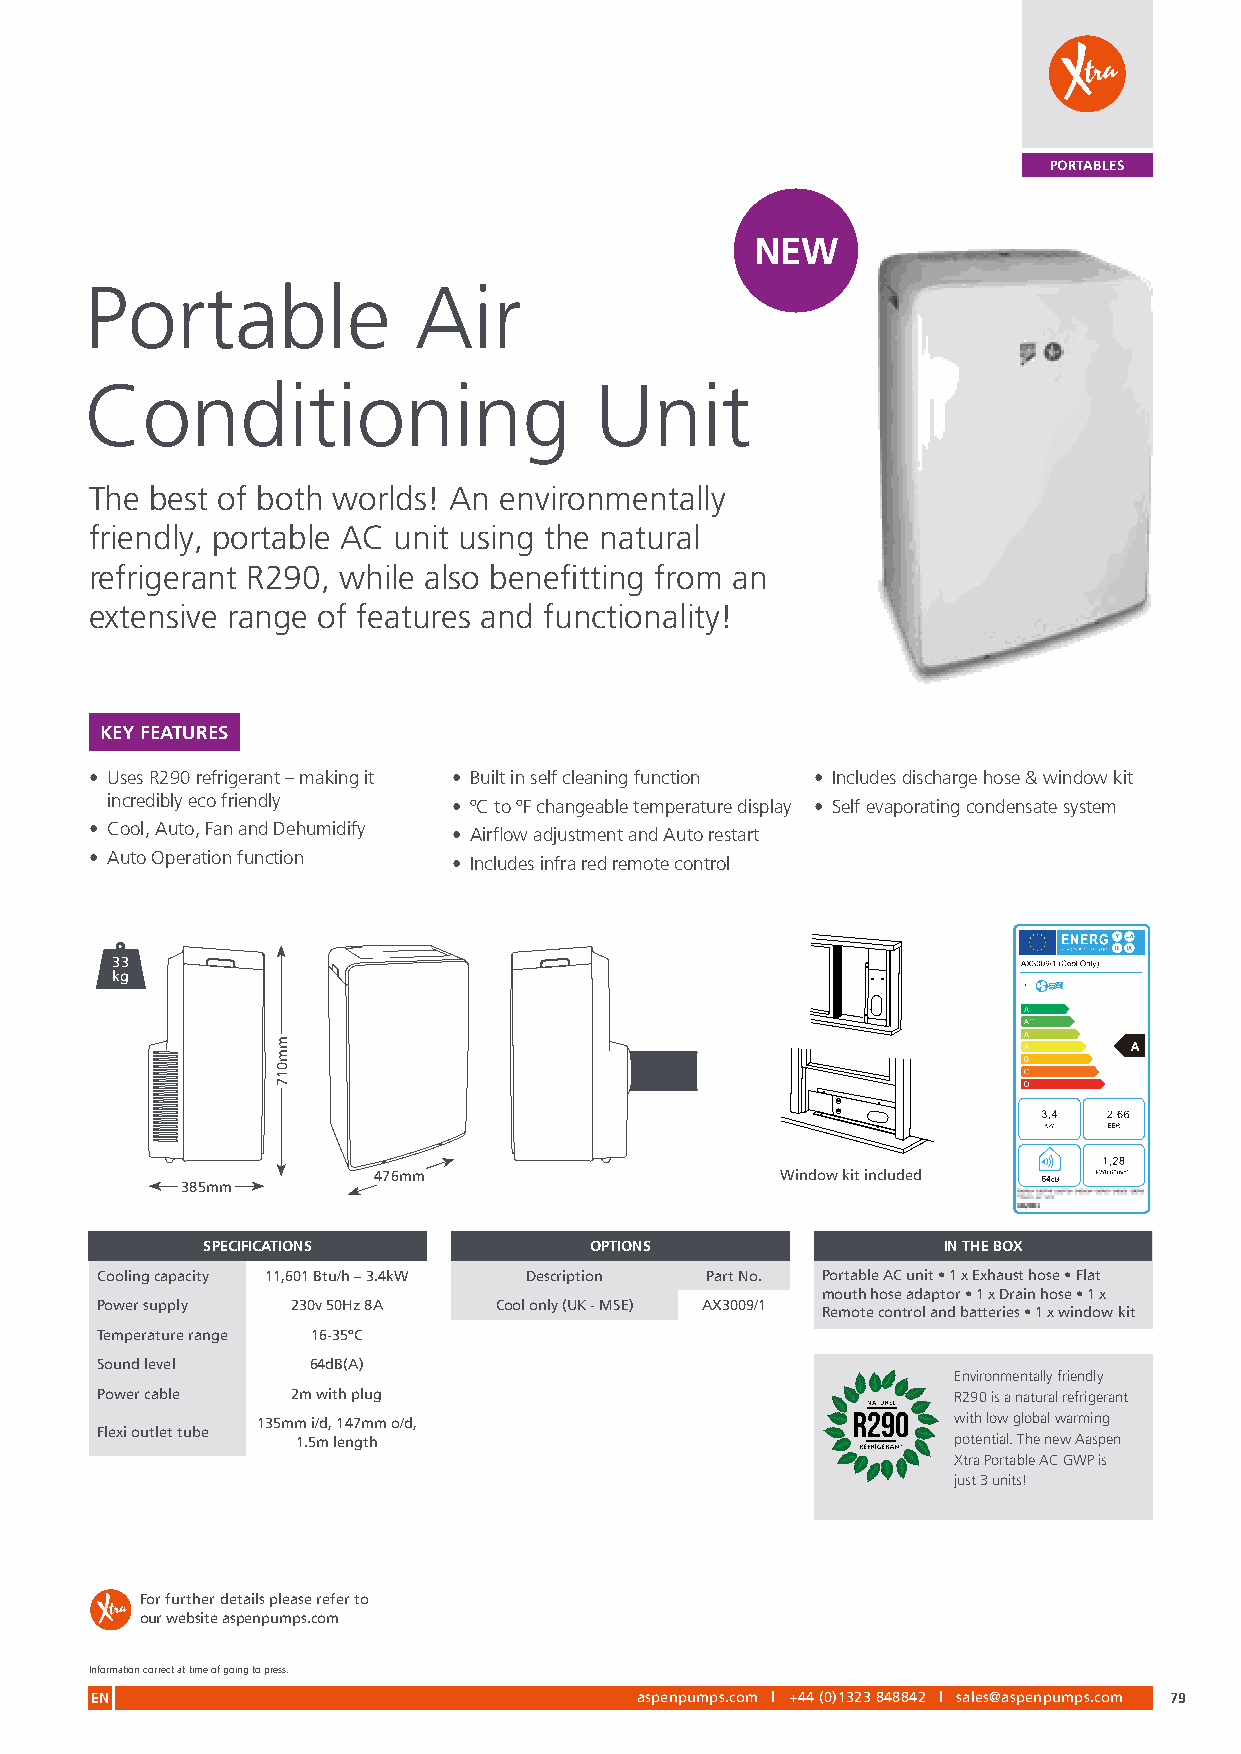
PORTABLES
 NEW
 Portable             Air
 Conditioning                     Unit
 The best of both worlds! An environmentally
 friendly, portable AC unit using the natural
 refrigerant R290, while also benefitting from an
 extensive range of features and functionality!
 KEY FEATURES
 • Uses R290 refrigerant – making it • Built in self cleaning function • Includes discharge hose & window kit
 incredibly eco friendly • ºC to ºF changeable temperature display • Self evaporating condensate system
 • Cool, Auto, Fan and Dehumidify • Airflow adjustment and Auto restart
 • Auto Operation function • Includes infra red remote control
 33
 kg
 476mm                      Window kit included
 385mm
 SPECIFICATIONS            OPTIONS                IN THE BOX
 Cooling capacity 11,601 Btu/h – 3.4kW Description Part No. Portable AC unit • 1 x Exhaust hose • Flat
 mouth hose adaptor • 1 x Drain hose • 1 x
 Power supply 230v 50Hz 8A  Cool only (UK - MSE) AX3009/1
 Remote control and batteries • 1 x window kit
 Temperature range 16-35ºC
 Sound level   64dB(A)
 Environmentally friendly
 Power cable  2m with plug                                R290 is a natural refrigerant
 135mm i/d, 147mm o/d,                         with low global warming
 Flexi outlet tube
 1.5m length                                potential. The new Aaspen
 Xtra Portable AC GWP is
 just 3 units!
 For further details please refer to
 our website aspenpumps.com
 Information correct at time of going to press.
 EN                                  aspenpumps.com l +44 (0)1323 848842 l sales@aspenpumps.com 79
 mm017